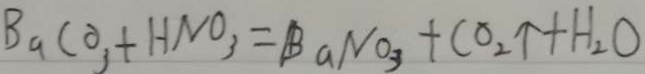
B a C O _ { 3 } + H N O _ { 3 } = B a N O _ { 3 } + C O _ { 2 } \uparrow + H _ { 2 } O